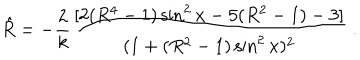
{ \hat { R } } = - { \frac { 2 } { k } } { \frac { [ 2 ( R ^ { 4 } - 1 ) \sin ^ { 2 } x - 5 ( R ^ { 2 } - 1 ) - 3 ] } { ( 1 + ( R ^ { 2 } - 1 ) \sin ^ { 2 } x ) ^ { 2 } } } \; .